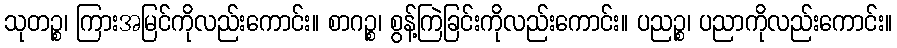
သုတဉ္စ၊ ကြားအမြင်ကိုလည်းကောင်း။ စာဂဉ္စ၊ စွန့်ကြဲခြင်းကိုလည်းကောင်း။ ပညဉ္စ၊ ပညာကိုလည်းကောင်း။